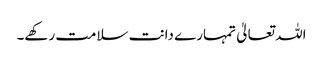
اللہ تعالیٰ تمہارے دانت سلامت رکھے۔